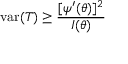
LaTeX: \operatorname { v a r } ( T ) \geq { \frac { [ \psi ^ { \prime } ( \theta ) ] ^ { 2 } } { I ( \theta ) } }